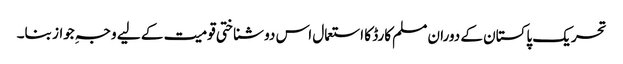
تحریک پاکستان کے دوران مسلم کارڈ کا استعمال اس دو شناختی قومیت کے لیے وجہِ جواز بنا۔